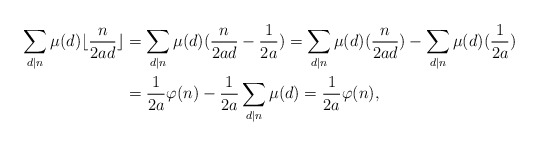
\begin{align*}\sum_{ d\lvert n}\mu(d)\lfloor \frac{n}{2ad}\rfloor&=\sum_{ d\lvert n}\mu(d)(\frac{n}{2ad}-\frac{1}{2a})=\sum_{ d\lvert n}\mu(d)(\frac{n}{2ad})-\sum_{ d\lvert n} \mu(d)(\frac{1}{2a})\\&=\frac{1}{2a} \varphi(n) -\frac{1}{2a}\sum_{ d\lvert n}\mu(d)=\frac{1}{2a} \varphi(n),\end{align*}